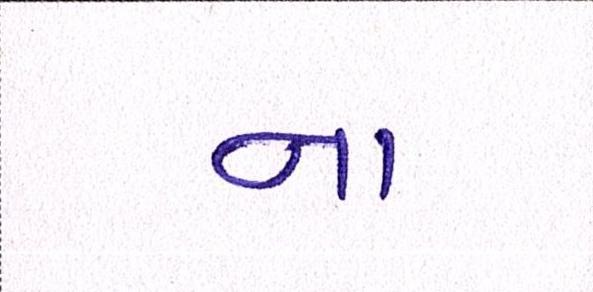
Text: ના